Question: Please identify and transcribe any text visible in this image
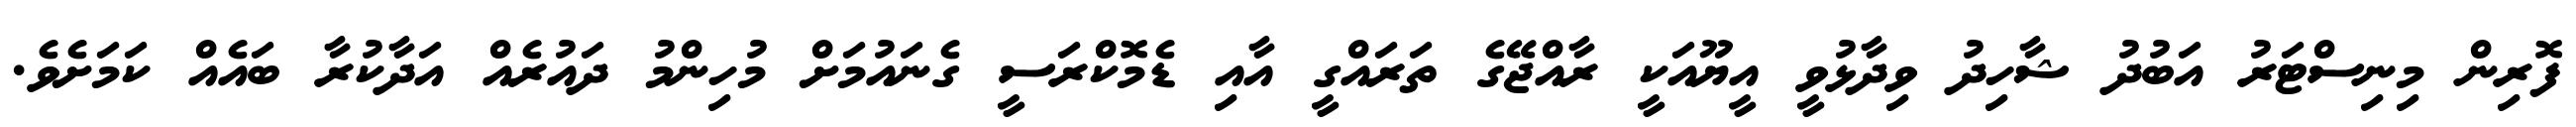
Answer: ފޮރިން މިނިސްޓަރު އަބުދު ޝާހިދު ވިދާޅުވީ އީޔޫއަކީ ރާއްޖޭގެ ތަރައްގީ އާއި ޑެމޮކްރަސީ ގެނައުމަށް މުހިންމު ދައުރެއް އަދާކުރާ ބައެއް ކަމަށެވެ.